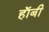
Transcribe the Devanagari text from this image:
हाॅबी